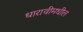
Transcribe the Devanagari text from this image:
धारावीमधील